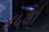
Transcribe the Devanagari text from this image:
४५वाँ